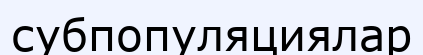
субпопуляциялар